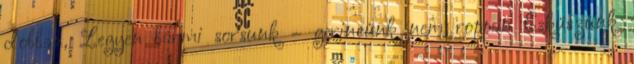
dobban, Legyen bármi sorsunk – gerincünk nem roppan Esküszünk